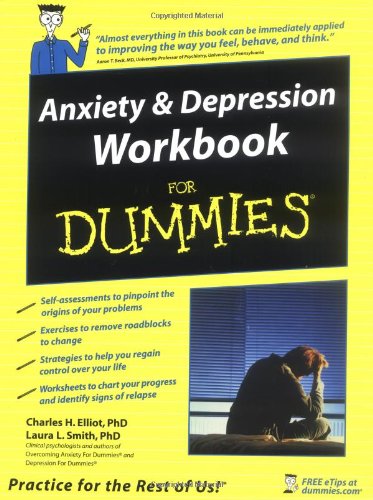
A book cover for Anxiety and Depression Workbook For Dummies; Charles H. Elliott; Health, Fitness & Dieting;